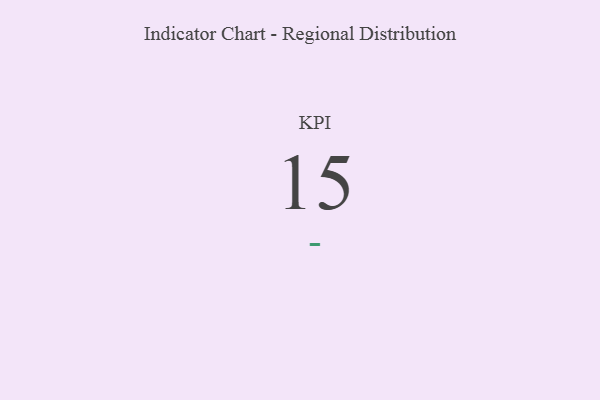
{"axis": {"x": "KPI", "y": "Value"}, "legend": [""], "data": [{"x": "KPI", "y": 15, "type": ""}]}